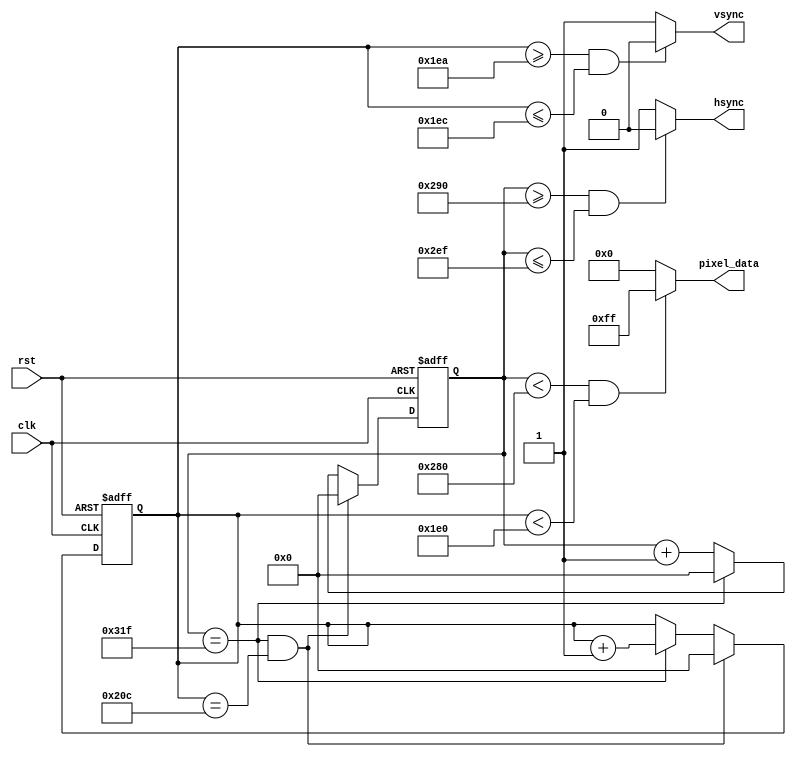
module vga_controller (
  input clk,
  input rst,
  output wire hsync,
  output wire vsync,
  output reg [7:0] pixel_data
);

reg [10:0] h_count;
reg [10:0] v_count;

always @ (posedge clk or posedge rst) begin
  if (rst) begin
    h_count <= 0;
    v_count <= 0;
  end else begin
    if (h_count == 799 && v_count == 524) begin
      h_count <= 0;
      v_count <= 0;
    end else if (h_count == 799) begin
      h_count <= 0;
      v_count <= v_count + 1;
    end else begin
      h_count <= h_count + 1;
    end
  end
end

assign hsync = (h_count >= 656 && h_count <= 751) ? 1'b0 : 1'b1;
assign vsync = (v_count >= 490 && v_count <= 492) ? 1'b0 : 1'b1;

// Logic for determining pixel color based on current coordinates
always @* begin
  if (h_count < 640 && v_count < 480) begin
    pixel_data = 8'hFF; // white color
  end else begin
    pixel_data = 8'h00; // black color
  end
end

endmodule